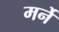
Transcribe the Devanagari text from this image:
मर्ने